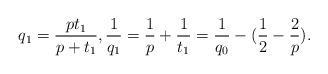
LaTeX: \begin{align*} q_1=\frac{pt_1}{p+t_1}, \frac{1}{q_1}=\frac{1}{p}+\frac{1}{t_1}=\frac{1}{q_0}-(\frac{1}{2}-\frac{2}{p}). \end{align*}